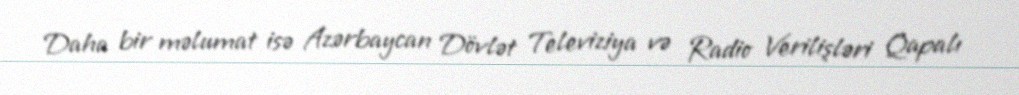
Daha bir məlumat isə Azərbaycan Dövlət Televiziya və Radio Verilişləri Qapalı